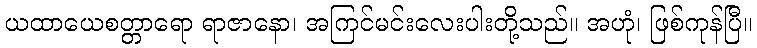
ယထာယေစတ္တာရော ရာဇာနော၊ အကြင်မင်းလေးပါးတို့သည်။ အဟုံ၊ ဖြစ်ကုန်ပြီ။